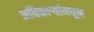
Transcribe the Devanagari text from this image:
अधिकाऱ्यांमधून